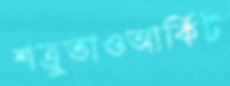
শত্রুতাওআর্কিট